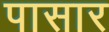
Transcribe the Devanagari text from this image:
पासार